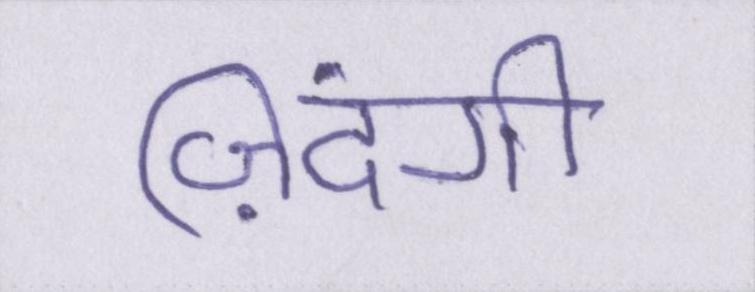
ज़िंदगी